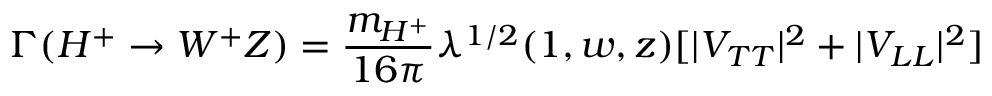
\Gamma ( H ^ { + } \to W ^ { + } Z ) = \frac { m _ { H ^ { + } } } { 1 6 \pi } \lambda ^ { 1 / 2 } ( 1 , w , z ) [ | V _ { T T } | ^ { 2 } + | V _ { L L } | ^ { 2 } ]